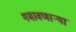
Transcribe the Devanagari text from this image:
गमावणार्‍या